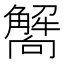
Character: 𧥁